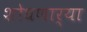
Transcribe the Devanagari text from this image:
शोधणार्या